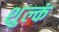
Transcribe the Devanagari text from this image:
शुल्कं